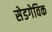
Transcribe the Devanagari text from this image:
सेडगेविक